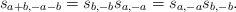
LaTeX: \begin{align*} s_{a+b,-a-b}=s_{b,-b}s_{a,-a}=s_{a,-a}s_{b,-b}.\end{align*}